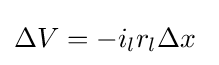
\Delta V=-i_{l}r_{l}\Delta x\